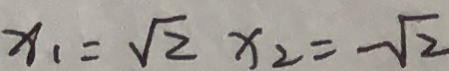
x _ { 1 } = \sqrt { 2 } x _ { 2 } = - \sqrt { 2 }